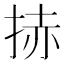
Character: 捇